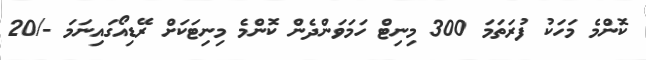
ކޮންމެ މަހަކު ފުރަތަމަ 300 މިނިޓް ހަމަވަންދެން ކޮންމެ މިނިޓަކަށް ރޭޑިއޯގައިނަމަ -/20